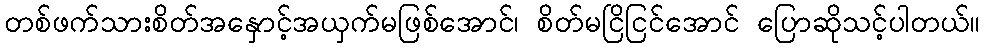
တစ်ဖက်သားစိတ်အနှောင့်အယှက်မဖြစ်အောင်၊ စိတ်မငြိငြင်အောင် ပြောဆိုသင့်ပါတယ်။